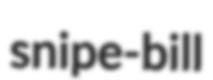
snipe-bill